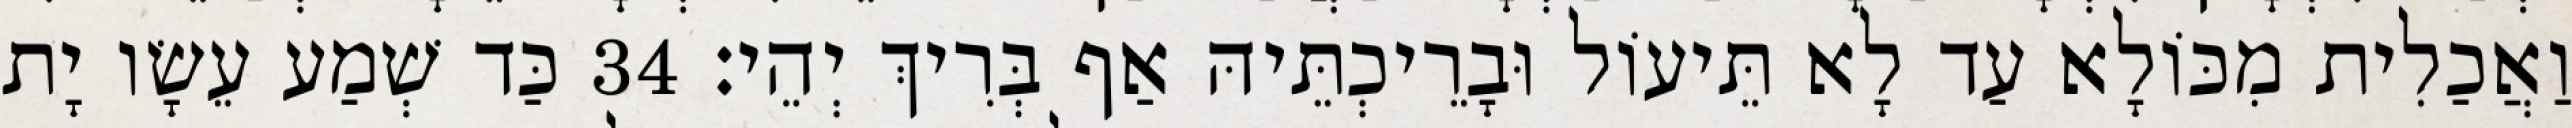
וַאֲכַלִית מִכּוֹלָא עַד לָא תֵּיעוֹל וּבָרֵיכְתֵּיהּ אַף בְּרִיךְ יְהֵי׃ 34 כַּד שְׁמַע עֵשָׂו יָת